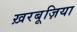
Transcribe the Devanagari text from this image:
ख़रबूज़िया